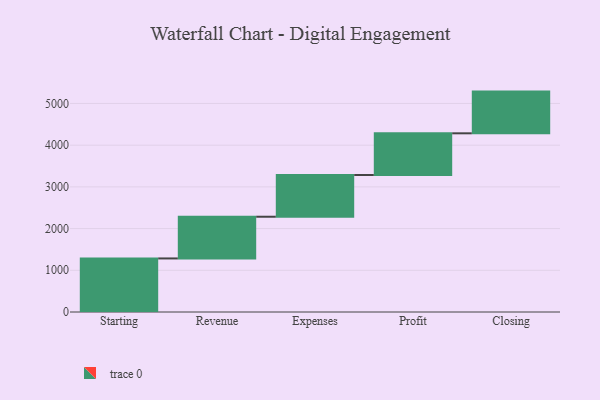
{"axis": {"x": "Step", "y": "Value"}, "legend": [""], "data": [{"x": "Starting", "y": 1284.0, "type": ""}, {"x": "Revenue", "y": 1000.0, "type": ""}, {"x": "Expenses", "y": 1000, "type": ""}, {"x": "Profit", "y": 1000, "type": ""}, {"x": "Closing", "y": 1000, "type": ""}]}